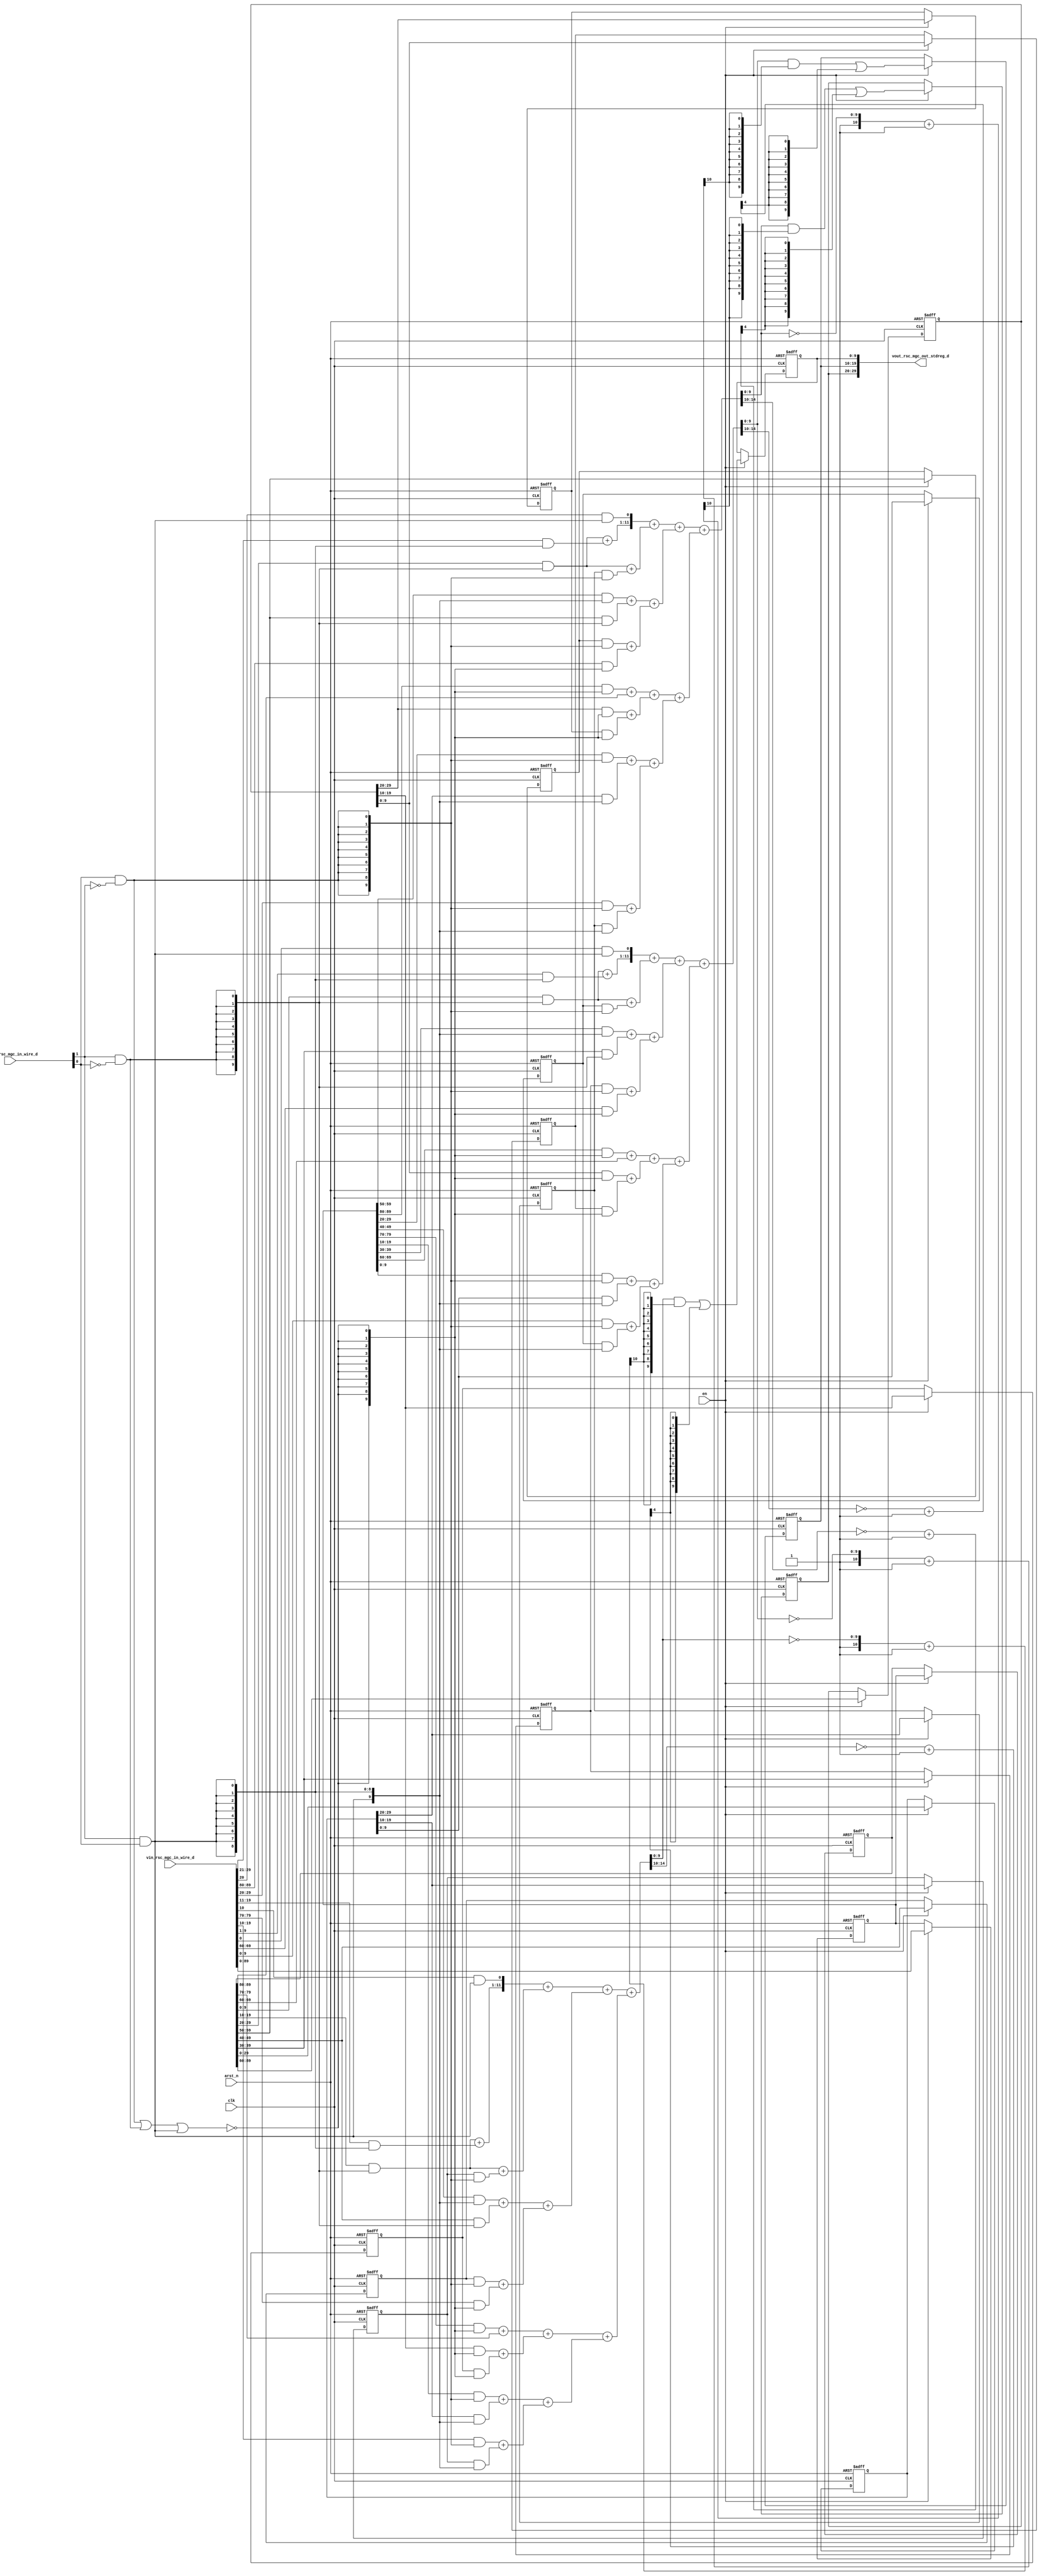
module motion_blur_core (
  clk, en, arst_n, vin_rsc_mgc_in_wire_d, vout_rsc_mgc_out_stdreg_d, offset_rsc_mgc_in_wire_d
);
  input clk;
  input en;
  input arst_n;
  input [149:0] vin_rsc_mgc_in_wire_d;
  output [29:0] vout_rsc_mgc_out_stdreg_d;
  input [1:0] offset_rsc_mgc_in_wire_d;


  // Interconnect Declarations
  reg [9:0] regs_regs_slc_regs_regs_3_17_itm;
  reg [9:0] regs_regs_slc_regs_regs_3_1_3_itm;
  reg [9:0] regs_regs_slc_regs_regs_3_1_4_itm;
  reg [9:0] regs_regs_slc_regs_regs_3_18_itm;
  reg [9:0] regs_regs_slc_regs_regs_3_1_6_itm;
  reg [9:0] regs_regs_slc_regs_regs_3_1_7_itm;
  reg [9:0] regs_regs_slc_regs_regs_3_19_itm;
  reg [9:0] regs_regs_slc_regs_regs_3_1_1_itm;
  reg [9:0] regs_regs_slc_regs_regs_3_1_itm;
  reg [29:0] regs_regs_3_1_sva_1_sg2;
  reg [29:0] regs_regs_3_1_sva_3;
  wire [14:0] ACC2_5_acc_3_psp_sva;
  wire [15:0] nl_ACC2_5_acc_3_psp_sva;
  wire [14:0] ACC2_5_acc_2_psp_sva;
  wire [15:0] nl_ACC2_5_acc_2_psp_sva;
  wire [14:0] ACC2_5_acc_1_psp_sva;
  wire [15:0] nl_ACC2_5_acc_1_psp_sva;
  reg [89:0] reg_regs_regs_2_1_sva_1_cse;
  reg [89:0] reg_regs_regs_0_1_sva_cse;
  reg [9:0] reg_vout_rsc_mgc_out_stdreg_d_tmp;
  reg [9:0] reg_vout_rsc_mgc_out_stdreg_d_tmp_1;
  reg [9:0] reg_vout_rsc_mgc_out_stdreg_d_tmp_2;
  wire [9:0] ACC1_3_if_2_and_8_cse_sva;
  wire equal_tmp_2;
  wire equal_tmp;
  wire equal_tmp_1;
  wire [9:0] ACC1_3_if_2_and_4_cse_sva;
  wire [9:0] ACC1_3_if_2_and_cse_sva;
  wire FRAME_nor_itm;


  // Interconnect Declarations for Component Instantiations 
  assign vout_rsc_mgc_out_stdreg_d = {reg_vout_rsc_mgc_out_stdreg_d_tmp , reg_vout_rsc_mgc_out_stdreg_d_tmp_1
      , reg_vout_rsc_mgc_out_stdreg_d_tmp_2};
  assign nl_ACC2_5_acc_1_psp_sva = conv_u2u_14_15(conv_u2u_13_14(conv_u2u_12_13({(conv_u2u_10_11(ACC1_3_if_2_and_cse_sva)
      + conv_u2u_9_11((vin_rsc_mgc_in_wire_d[29:21]) & ({{8{equal_tmp_2}}, equal_tmp_2})))
      , ((vin_rsc_mgc_in_wire_d[20]) & equal_tmp_2)}) + conv_u2u_11_13(conv_u2u_10_11(ACC1_3_if_2_and_cse_sva)
      + conv_u2u_10_11(regs_regs_slc_regs_regs_3_1_4_itm & ({{9{equal_tmp}}, equal_tmp}))))
      + conv_u2u_12_14(conv_u2u_11_12(conv_u2u_10_11((reg_regs_regs_0_1_sva_cse[59:50])
      & ({{9{equal_tmp_2}}, equal_tmp_2})) + conv_u2u_10_11((reg_regs_regs_2_1_sva_1_cse[59:50])
      & ({{9{equal_tmp_1}}, equal_tmp_1}))) + conv_u2u_11_12(conv_u2u_10_11(regs_regs_slc_regs_regs_3_17_itm
      & ({{9{equal_tmp}}, equal_tmp})) + conv_u2u_10_11((vin_rsc_mgc_in_wire_d[89:80])
      & ({{9{FRAME_nor_itm}}, FRAME_nor_itm}))))) + conv_u2u_13_15(conv_u2u_12_13(conv_u2u_11_12(conv_u2u_10_11((reg_regs_regs_0_1_sva_cse[89:80])
      & ({{9{FRAME_nor_itm}}, FRAME_nor_itm})) + conv_u2u_10_11(reg_regs_regs_2_1_sva_1_cse[89:80]))
      + conv_u2u_11_12(conv_u2u_10_11((regs_regs_3_1_sva_1_sg2[29:20]) & ({{9{FRAME_nor_itm}},
      FRAME_nor_itm})) + conv_u2u_10_11(regs_regs_slc_regs_regs_3_1_3_itm & ({{9{FRAME_nor_itm}},
      FRAME_nor_itm})))) + conv_u2u_12_13(conv_u2u_11_12(conv_u2u_10_11((reg_regs_regs_0_1_sva_cse[29:20])
      & ({{9{equal_tmp}}, equal_tmp})) + conv_u2u_10_11((regs_regs_3_1_sva_3[29:20])
      & ({{9{equal_tmp_2}}, equal_tmp_2}))) + conv_u2u_11_12(conv_u2u_10_11((vin_rsc_mgc_in_wire_d[29:20])
      & ({{9{equal_tmp}}, equal_tmp})) + conv_u2u_10_11(regs_regs_slc_regs_regs_3_1_4_itm
      & ({{9{equal_tmp_2}}, equal_tmp_2})))));
  assign ACC2_5_acc_1_psp_sva = nl_ACC2_5_acc_1_psp_sva[14:0];
  assign nl_ACC2_5_acc_2_psp_sva = conv_u2u_14_15(conv_u2u_13_14(conv_u2u_12_13({(conv_u2u_10_11(ACC1_3_if_2_and_4_cse_sva)
      + conv_u2u_9_11((vin_rsc_mgc_in_wire_d[19:11]) & ({{8{equal_tmp_2}}, equal_tmp_2})))
      , ((vin_rsc_mgc_in_wire_d[10]) & equal_tmp_2)}) + conv_u2u_11_13(conv_u2u_10_11(ACC1_3_if_2_and_4_cse_sva)
      + conv_u2u_10_11(regs_regs_slc_regs_regs_3_1_7_itm & ({{9{equal_tmp}}, equal_tmp}))))
      + conv_u2u_12_14(conv_u2u_11_12(conv_u2u_10_11((reg_regs_regs_0_1_sva_cse[49:40])
      & ({{9{equal_tmp_2}}, equal_tmp_2})) + conv_u2u_10_11((reg_regs_regs_2_1_sva_1_cse[49:40])
      & ({{9{equal_tmp_1}}, equal_tmp_1}))) + conv_u2u_11_12(conv_u2u_10_11(regs_regs_slc_regs_regs_3_18_itm
      & ({{9{equal_tmp}}, equal_tmp})) + conv_u2u_10_11((vin_rsc_mgc_in_wire_d[79:70])
      & ({{9{FRAME_nor_itm}}, FRAME_nor_itm}))))) + conv_u2u_13_15(conv_u2u_12_13(conv_u2u_11_12(conv_u2u_10_11((reg_regs_regs_0_1_sva_cse[79:70])
      & ({{9{FRAME_nor_itm}}, FRAME_nor_itm})) + conv_u2u_10_11(reg_regs_regs_2_1_sva_1_cse[79:70]))
      + conv_u2u_11_12(conv_u2u_10_11((regs_regs_3_1_sva_1_sg2[19:10]) & ({{9{FRAME_nor_itm}},
      FRAME_nor_itm})) + conv_u2u_10_11(regs_regs_slc_regs_regs_3_1_6_itm & ({{9{FRAME_nor_itm}},
      FRAME_nor_itm})))) + conv_u2u_12_13(conv_u2u_11_12(conv_u2u_10_11((reg_regs_regs_0_1_sva_cse[19:10])
      & ({{9{equal_tmp}}, equal_tmp})) + conv_u2u_10_11((regs_regs_3_1_sva_3[19:10])
      & ({{9{equal_tmp_2}}, equal_tmp_2}))) + conv_u2u_11_12(conv_u2u_10_11((vin_rsc_mgc_in_wire_d[19:10])
      & ({{9{equal_tmp}}, equal_tmp})) + conv_u2u_10_11(regs_regs_slc_regs_regs_3_1_7_itm
      & ({{9{equal_tmp_2}}, equal_tmp_2})))));
  assign ACC2_5_acc_2_psp_sva = nl_ACC2_5_acc_2_psp_sva[14:0];
  assign nl_ACC2_5_acc_3_psp_sva = conv_u2u_14_15(conv_u2u_13_14(conv_u2u_12_13({(conv_u2u_10_11(ACC1_3_if_2_and_8_cse_sva)
      + conv_u2u_9_11((vin_rsc_mgc_in_wire_d[9:1]) & ({{8{equal_tmp_2}}, equal_tmp_2})))
      , ((vin_rsc_mgc_in_wire_d[0]) & equal_tmp_2)}) + conv_u2u_11_13(conv_u2u_10_11(ACC1_3_if_2_and_8_cse_sva)
      + conv_u2u_10_11(regs_regs_slc_regs_regs_3_1_itm & ({{9{equal_tmp}}, equal_tmp}))))
      + conv_u2u_12_14(conv_u2u_11_12(conv_u2u_10_11((reg_regs_regs_0_1_sva_cse[39:30])
      & ({{9{equal_tmp_2}}, equal_tmp_2})) + conv_u2u_10_11((reg_regs_regs_2_1_sva_1_cse[39:30])
      & ({{9{equal_tmp_1}}, equal_tmp_1}))) + conv_u2u_11_12(conv_u2u_10_11(regs_regs_slc_regs_regs_3_19_itm
      & ({{9{equal_tmp}}, equal_tmp})) + conv_u2u_10_11((vin_rsc_mgc_in_wire_d[69:60])
      & ({{9{FRAME_nor_itm}}, FRAME_nor_itm}))))) + conv_u2u_13_15(conv_u2u_12_13(conv_u2u_11_12(conv_u2u_10_11((reg_regs_regs_0_1_sva_cse[69:60])
      & ({{9{FRAME_nor_itm}}, FRAME_nor_itm})) + conv_u2u_10_11(reg_regs_regs_2_1_sva_1_cse[69:60]))
      + conv_u2u_11_12(conv_u2u_10_11((regs_regs_3_1_sva_1_sg2[9:0]) & ({{9{FRAME_nor_itm}},
      FRAME_nor_itm})) + conv_u2u_10_11(regs_regs_slc_regs_regs_3_1_1_itm & ({{9{FRAME_nor_itm}},
      FRAME_nor_itm})))) + conv_u2u_12_13(conv_u2u_11_12(conv_u2u_10_11((reg_regs_regs_0_1_sva_cse[9:0])
      & ({{9{equal_tmp}}, equal_tmp})) + conv_u2u_10_11((regs_regs_3_1_sva_3[9:0])
      & ({{9{equal_tmp_2}}, equal_tmp_2}))) + conv_u2u_11_12(conv_u2u_10_11((vin_rsc_mgc_in_wire_d[9:0])
      & ({{9{equal_tmp}}, equal_tmp})) + conv_u2u_10_11(regs_regs_slc_regs_regs_3_1_itm
      & ({{9{equal_tmp_2}}, equal_tmp_2})))));
  assign ACC2_5_acc_3_psp_sva = nl_ACC2_5_acc_3_psp_sva[14:0];
  assign ACC1_3_if_2_and_8_cse_sva = (reg_regs_regs_2_1_sva_1_cse[9:0]) & ({{9{equal_tmp_1}},
      equal_tmp_1});
  assign equal_tmp_2 = (offset_rsc_mgc_in_wire_d[1]) & (offset_rsc_mgc_in_wire_d[0]);
  assign equal_tmp = (offset_rsc_mgc_in_wire_d[0]) & (~ (offset_rsc_mgc_in_wire_d[1]));
  assign equal_tmp_1 = (offset_rsc_mgc_in_wire_d[1]) & (~ (offset_rsc_mgc_in_wire_d[0]));
  assign ACC1_3_if_2_and_4_cse_sva = (reg_regs_regs_2_1_sva_1_cse[19:10]) & ({{9{equal_tmp_1}},
      equal_tmp_1});
  assign ACC1_3_if_2_and_cse_sva = (reg_regs_regs_2_1_sva_1_cse[29:20]) & ({{9{equal_tmp_1}},
      equal_tmp_1});
  assign FRAME_nor_itm = ~(equal_tmp | equal_tmp_1 | equal_tmp_2);
  always @(posedge clk or negedge arst_n) begin
    if ( ~ arst_n ) begin
      regs_regs_slc_regs_regs_3_1_itm <= 10'b0;
      reg_regs_regs_0_1_sva_cse <= 90'b0;
      reg_regs_regs_2_1_sva_1_cse <= 90'b0;
      regs_regs_slc_regs_regs_3_19_itm <= 10'b0;
      regs_regs_3_1_sva_1_sg2 <= 30'b0;
      regs_regs_slc_regs_regs_3_1_1_itm <= 10'b0;
      regs_regs_3_1_sva_3 <= 30'b0;
      regs_regs_slc_regs_regs_3_1_7_itm <= 10'b0;
      regs_regs_slc_regs_regs_3_18_itm <= 10'b0;
      regs_regs_slc_regs_regs_3_1_6_itm <= 10'b0;
      regs_regs_slc_regs_regs_3_1_4_itm <= 10'b0;
      regs_regs_slc_regs_regs_3_17_itm <= 10'b0;
      regs_regs_slc_regs_regs_3_1_3_itm <= 10'b0;
      reg_vout_rsc_mgc_out_stdreg_d_tmp <= 10'b0;
      reg_vout_rsc_mgc_out_stdreg_d_tmp_1 <= 10'b0;
      reg_vout_rsc_mgc_out_stdreg_d_tmp_2 <= 10'b0;
    end
    else begin
      if ( en ) begin
        regs_regs_slc_regs_regs_3_1_itm <= regs_regs_3_1_sva_3[9:0];
        reg_regs_regs_0_1_sva_cse <= vin_rsc_mgc_in_wire_d[89:0];
        reg_regs_regs_2_1_sva_1_cse <= reg_regs_regs_0_1_sva_cse;
        regs_regs_slc_regs_regs_3_19_itm <= reg_regs_regs_2_1_sva_1_cse[39:30];
        regs_regs_3_1_sva_1_sg2 <= reg_regs_regs_2_1_sva_1_cse[89:60];
        regs_regs_slc_regs_regs_3_1_1_itm <= regs_regs_3_1_sva_1_sg2[9:0];
        regs_regs_3_1_sva_3 <= reg_regs_regs_2_1_sva_1_cse[29:0];
        regs_regs_slc_regs_regs_3_1_7_itm <= regs_regs_3_1_sva_3[19:10];
        regs_regs_slc_regs_regs_3_18_itm <= reg_regs_regs_2_1_sva_1_cse[49:40];
        regs_regs_slc_regs_regs_3_1_6_itm <= regs_regs_3_1_sva_1_sg2[19:10];
        regs_regs_slc_regs_regs_3_1_4_itm <= regs_regs_3_1_sva_3[29:20];
        regs_regs_slc_regs_regs_3_17_itm <= reg_regs_regs_2_1_sva_1_cse[59:50];
        regs_regs_slc_regs_regs_3_1_3_itm <= regs_regs_3_1_sva_1_sg2[29:20];
        reg_vout_rsc_mgc_out_stdreg_d_tmp <= ((ACC2_5_acc_1_psp_sva[9:0]) & (signext_10_1(readslicef_11_1_10((({1'b1
            , (~ (ACC2_5_acc_1_psp_sva[9:0]))}) + 11'b1))))) | (signext_10_1(readslicef_5_1_4(((~
            (ACC2_5_acc_1_psp_sva[14:10])) + 5'b1))));
        reg_vout_rsc_mgc_out_stdreg_d_tmp_1 <= ((ACC2_5_acc_3_psp_sva[9:0]) & (signext_10_1(readslicef_11_1_10((({1'b1
            , (~ (ACC2_5_acc_3_psp_sva[9:0]))}) + 11'b1))))) | (signext_10_1(readslicef_5_1_4(((~
            (ACC2_5_acc_3_psp_sva[14:10])) + 5'b1))));
        reg_vout_rsc_mgc_out_stdreg_d_tmp_2 <= ((ACC2_5_acc_2_psp_sva[9:0]) & (signext_10_1(readslicef_11_1_10((({1'b1
            , (~ (ACC2_5_acc_2_psp_sva[9:0]))}) + 11'b1))))) | (signext_10_1(readslicef_5_1_4(((~
            (ACC2_5_acc_2_psp_sva[14:10])) + 5'b1))));
      end
    end
  end

  function [0:0] readslicef_11_1_10;
    input [10:0] vector;
    reg [10:0] tmp;
  begin
    tmp = vector >> 10;
    readslicef_11_1_10 = tmp[0:0];
  end
  endfunction


  function [9:0] signext_10_1;
    input [0:0] vector;
  begin
    signext_10_1= {{9{vector[0]}}, vector};
  end
  endfunction


  function [0:0] readslicef_5_1_4;
    input [4:0] vector;
    reg [4:0] tmp;
  begin
    tmp = vector >> 4;
    readslicef_5_1_4 = tmp[0:0];
  end
  endfunction


  function  [14:0] conv_u2u_14_15 ;
    input [13:0]  vector ;
  begin
    conv_u2u_14_15 = {1'b0, vector};
  end
  endfunction


  function  [13:0] conv_u2u_13_14 ;
    input [12:0]  vector ;
  begin
    conv_u2u_13_14 = {1'b0, vector};
  end
  endfunction


  function  [12:0] conv_u2u_12_13 ;
    input [11:0]  vector ;
  begin
    conv_u2u_12_13 = {1'b0, vector};
  end
  endfunction


  function  [10:0] conv_u2u_10_11 ;
    input [9:0]  vector ;
  begin
    conv_u2u_10_11 = {1'b0, vector};
  end
  endfunction


  function  [10:0] conv_u2u_9_11 ;
    input [8:0]  vector ;
  begin
    conv_u2u_9_11 = {{2{1'b0}}, vector};
  end
  endfunction


  function  [12:0] conv_u2u_11_13 ;
    input [10:0]  vector ;
  begin
    conv_u2u_11_13 = {{2{1'b0}}, vector};
  end
  endfunction


  function  [13:0] conv_u2u_12_14 ;
    input [11:0]  vector ;
  begin
    conv_u2u_12_14 = {{2{1'b0}}, vector};
  end
  endfunction


  function  [11:0] conv_u2u_11_12 ;
    input [10:0]  vector ;
  begin
    conv_u2u_11_12 = {1'b0, vector};
  end
  endfunction


  function  [14:0] conv_u2u_13_15 ;
    input [12:0]  vector ;
  begin
    conv_u2u_13_15 = {{2{1'b0}}, vector};
  end
  endfunction

endmodule
module motion_blur (
  vin_rsc_z, vout_rsc_z, offset_rsc_z, clk, en, arst_n
);
  input [149:0] vin_rsc_z;
  output [29:0] vout_rsc_z;
  input [1:0] offset_rsc_z;
  input clk;
  input en;
  input arst_n;


  // Interconnect Declarations
  wire [149:0] vin_rsc_mgc_in_wire_d;
  wire [29:0] vout_rsc_mgc_out_stdreg_d;
  wire [1:0] offset_rsc_mgc_in_wire_d;


  // Interconnect Declarations for Component Instantiations 
  mgc_in_wire #(.rscid(1),
  .width(150)) vin_rsc_mgc_in_wire (
      .d(vin_rsc_mgc_in_wire_d),
      .z(vin_rsc_z)
    );
  mgc_out_stdreg #(.rscid(2),
  .width(30)) vout_rsc_mgc_out_stdreg (
      .d(vout_rsc_mgc_out_stdreg_d),
      .z(vout_rsc_z)
    );
  mgc_in_wire #(.rscid(3),
  .width(2)) offset_rsc_mgc_in_wire (
      .d(offset_rsc_mgc_in_wire_d),
      .z(offset_rsc_z)
    );
  motion_blur_core motion_blur_core_inst (
      .clk(clk),
      .en(en),
      .arst_n(arst_n),
      .vin_rsc_mgc_in_wire_d(vin_rsc_mgc_in_wire_d),
      .vout_rsc_mgc_out_stdreg_d(vout_rsc_mgc_out_stdreg_d),
      .offset_rsc_mgc_in_wire_d(offset_rsc_mgc_in_wire_d)
    );
endmodule